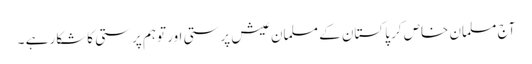
آج مسلمان خاص کر پاکستان کے مسلمان عیش پرستی اور توہم پرستی کاشکار ہے ۔